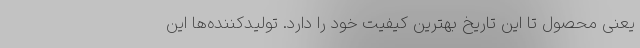
یعنی محصول تا این تاریخ بهترین کیفیت خود را دارد. تولیدکننده‌ها این